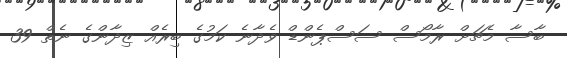
ބާސާ މެޗަށް ރާމޯސް ސަސްޕެންޑް ވެދާނެ ކަމުގެ ބިރެއް ޒިދާންގެ ނެތް 39